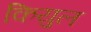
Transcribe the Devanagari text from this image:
कियुल